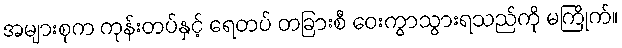
အများစုက ကုန်းတပ်နှင့် ရေတပ် တခြားစီ ဝေးကွာသွားရသည်ကို မကြိုက်။